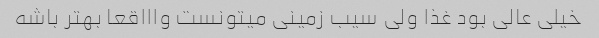
خیلی عالی بود غذا ولی سیب زمینی میتونست واااقعا بهتر باشه